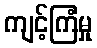
ကျင့်ကြံမှု